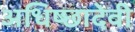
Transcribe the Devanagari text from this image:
अधिष्छादेवी